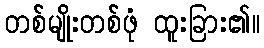
တစ်မျိုးတစ်ဖုံ ထူးခြား၏။